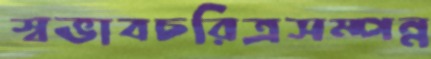
স্বভাবচরিত্রসম্পন্ন